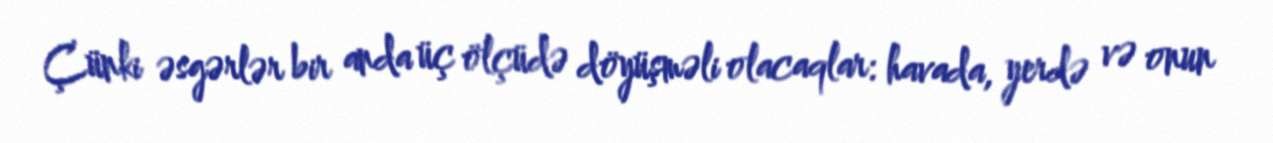
Çünki əsgərlər bir anda üç ölçüdə döyüşməli olacaqlar: havada, yerdə və onun